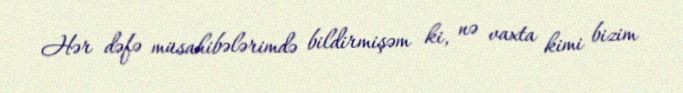
Hər dəfə müsahibələrimdə bildirmişəm ki, nə vaxta kimi bizim